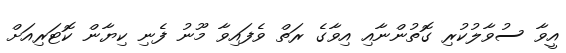
އީވާ ސުވާލުކުރި ގޮތުންނާއި އިވާގެ ރަތް ވެފައިވާ މޫނު ފެނި ކިޔާން ކޮޓަރިއަށް